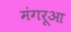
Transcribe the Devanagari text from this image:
मंगरूआ